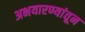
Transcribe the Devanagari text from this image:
अभयारण्यांतून